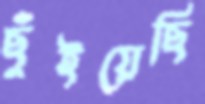
ছুঁইয়েছি